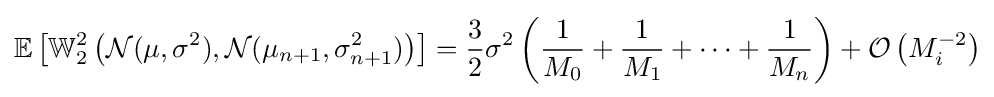
\mathbb {E} \left[\mathbb {W} _{2}^{2}\left({\mathcal {N}}(\mu ,\sigma ^{2}),{\mathcal {N}}(\mu _{n+1},\sigma _{n+1}^{2})\right)\right]={\frac {3}{2}}\sigma ^{2}\left({\frac {1}{M_{0}}}+{\frac {1}{M_{1}}}+\dots +{\frac {1}{M_{n}}}\right)+{\mathcal {O}}\left(M_{i}^{-2}\right)